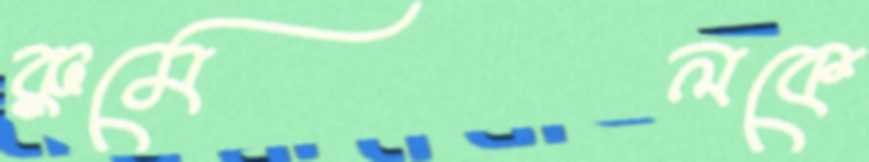
রুমেলকে